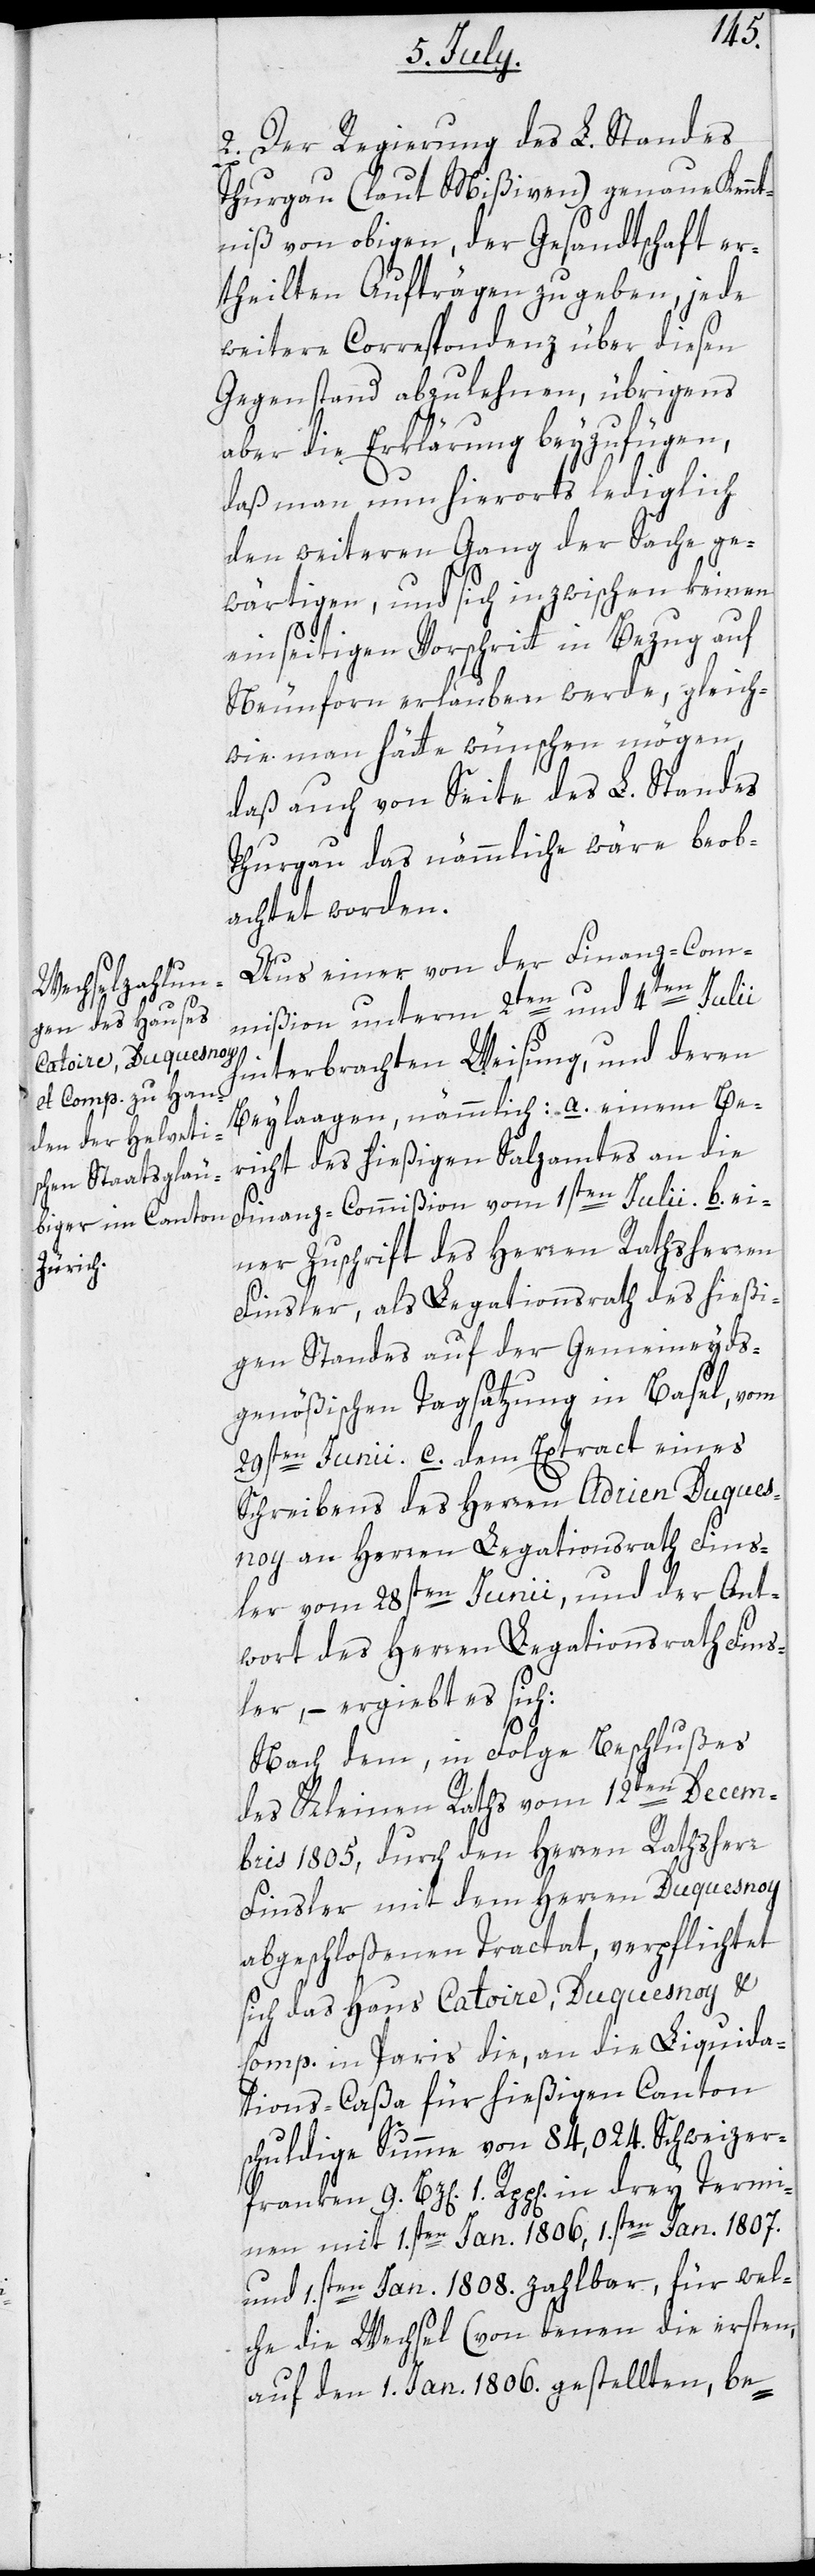
2. Der Regierung des L. Standes
Thurgau (laut Mißiven) genaue Kennt¬
niß von obigen, der Gesandtschaft er¬
theilten Aufträgen zu geben, jede
weitere Correspondenz über diesen
Gegenstand abzulehnen, übrigens
aber die Erklärung beyzufügen,
daß man nun hierorts lediglich
den weiteren Gang der Sache ge¬
wärtigen, und sich inzwischen keinen
einseitigen Vorschritt in Bezug auf
Neunforn erlauben werde, gleich¬
wie man hätte wünschen mögen,
daß auch von Seite des L. Standes
Thurgau das nämmliche wäre beob¬
achtet worden.
Aus einer von der Finanz-Com¬
mißion unterm 2ten und 4ten Julii
hinterbrachten Weisung, und deren
Beylaagen, nämmlich: a. einen Be¬
richt des hießigen Salzamtes an die
Finanz-Commißion vom 1sten Julii. b. ei¬
ner Zuschrift des Herren Rathsherren
Finsler, als Legationsrath des hießi¬
gen Standes auf der Gemeineyds¬
genößischen Tagsatzung in Basel, vom
29sten Junii; c. dem Extract eines
Schreibens des Herren Adrien Duques¬
noy an Herren Legationsrath Fins¬
ler vom 28sten Junii, und der Ant¬
wort des Herren Legationsrath Fins¬
ler, – ergiebt es sich:
Nach dem, in Folge Beschlußes
des Kleinen Raths vom 12ten Decem¬
bris 1805, durch den Herren Rathsherr
Finsler mit dem Herren Duquesnoy
abgeschloßenen Tractat, verpflichtet
sich das Haus Catoire, Duquesnoy &
Comp. in Paris die, an die Liqida¬
tions-Caßa für hießigen Canton
schuldige Summe von 84,024. Schweizer¬
franken 9. Bz[en]. 1. Rpp[en]. in drey Termi¬
nen mit 1.sten Jan. 1806, 1.sten Jan. 1807.
und 1.sten Jan. 1808 zahlbar, für wel¬
che die Wechsel (von denen die ersten,
auf den 1. Jan. 1806. gestellten, be-